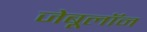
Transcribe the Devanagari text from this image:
जेबूलॉन